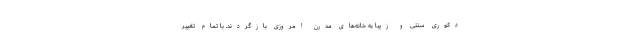
دکوری سنتی و زیبا به خانه‌های مدرن امروزی بازگردند. با تمام تغییر